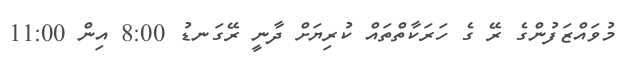
މުވައްޒަފުންގެ ރޭ ގެ ހަރަކާތްތައް ކުރިޔަށް ދާނީ ރޭގަނޑު 8:00 އިން 11:00